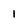
Character: 1